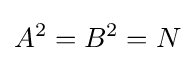
A^{2}=B^{2}=N